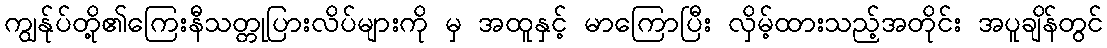
ကျွန်ုပ်တို့၏ကြေးနီသတ္တုပြားလိပ်များကို မှ အထူနှင့် မာကြောပြီး လှိမ့်ထားသည့်အတိုင်း အပူချိန်တွင်